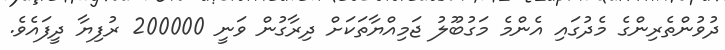
ދުވުންތެރިންގެ މެދުގައި އެންމެ މަގުބޫލު ޖަމިއްޔާތަކަށް ދިރާގުން ވަނީ 200000 ރުފިޔާ ދީފައެވެ.